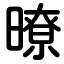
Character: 暸